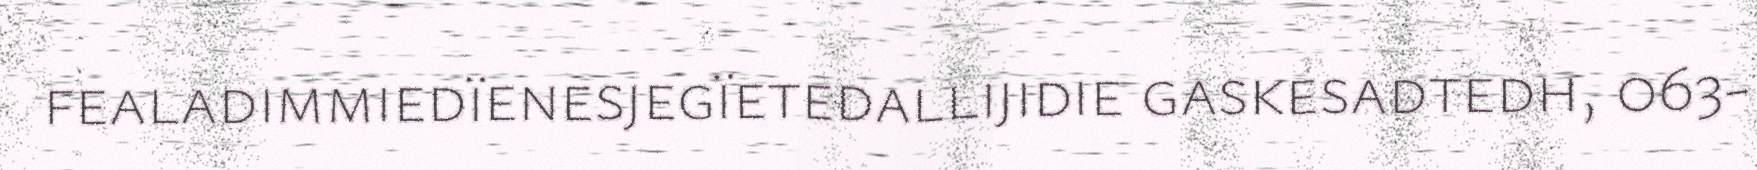
fealadimmiedïenesjegïetedallijidie gaskesadtedh, 063-